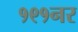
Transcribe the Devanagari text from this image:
१९१नर